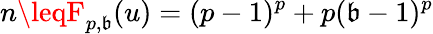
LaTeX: n\leqF_{p,\mathfrak{b}}(u)=(p-1)^{p}+p(\mathfrak{b}-1)^{p}